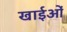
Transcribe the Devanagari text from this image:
खाईओं